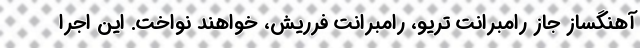
آهنگساز جازِ رامبرانت تریو، رامبرانت فرریش، خواهند نواخت. این اجرا